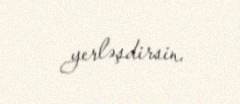
yerləşdirsin.